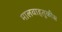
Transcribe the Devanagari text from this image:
मालवाहतूकीस